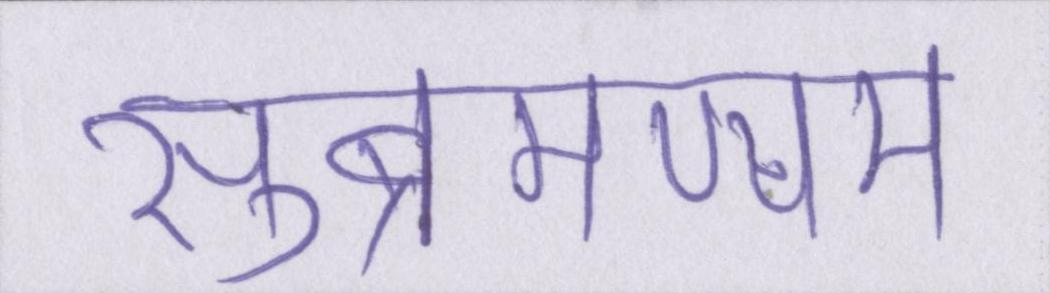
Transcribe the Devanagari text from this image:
सुब्रमण्यम